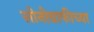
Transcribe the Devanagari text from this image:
सोनोग्राफीच्या